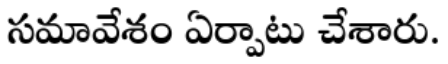
సమావేశం ఏర్పాటు చేశారు.